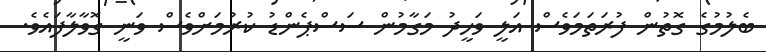
ބެލުމުގެ ގޮތުން ފުރަތަމަވެސް އަލީ ވަހީދު މަގާމުން ސަސްޕެންޑު ކުރުމަށްވެސް ވަނީ ގޮވާލާފައެވެ.